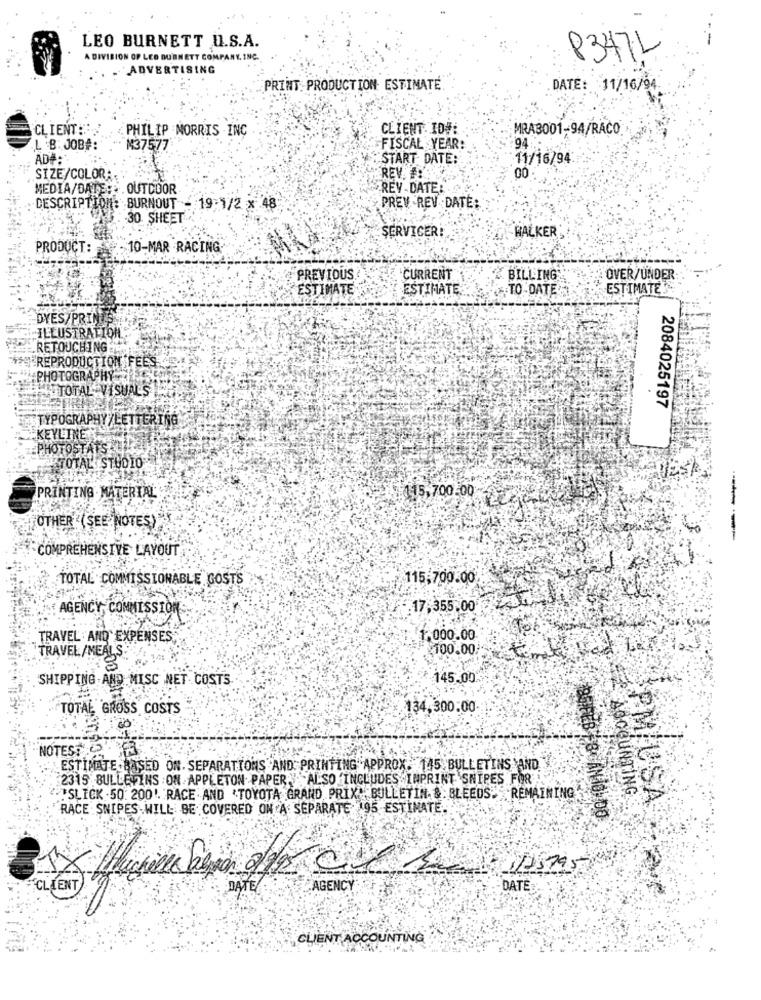
LEO BURNETT Q.S.A.
A DIVISION OF LEO BURNETT COMPANY, INC.
8347L
ADVERTISING
PRINT PRODUCTION ESTIMATE
DATE: 11/16/94
CLIENT :::
PHILIP MORRIS INC
CLIENT ID#:
MRA3001-94/RACO
L B: JOBA:
N37577
FISCAL YEAR:
94
AD#:
START DATE:
11/16/94:
REVO
SIZE/COLORA
MEDIA/DATE: : . OUTDOOR
REY-DATE:
DESCRIPTION: BURNOUT - 19:1/2 x 48
PREV REV DATE:
-30 SHEET
SERVICERİ
WALKER
PRODUCT:
10-MAR RACING
PREVIOUS
CURRENT
BILLING
OVER/UNDER
ESTIMATE
ESTIMATE
:TO-DATE
ESTIMATE
DYES/PRINT,
ILLUSTRATION
RETOUCHING
"REPRODUCTION FEES
PHOTOGRAPHY
ATTOTAL VISUALS
2084025197
TYPOGRAPHY/LETTERING
KEYLINE
PHOTOSTATS
TOTAL STUDIO
PRINTING . MATERIAL
115,700:00
OTHER (SEE NOTES)
-----
COMPREHENSIVE LAYOUT
TOTAL COMMISSIONABLE GOSTS
115,700.00
AGENCY, COMMISSION
17,355,00
TRAVEL AND EXPENSES
1,000.00
TRAVEL/MEAL'S
100.00
SHIPPING-AND MISC NET COSTS
145,00
TOTAL GROSS COSTS
134,300.00
NOTES:
ESTIMATE BASED ON. SEPARATIONS AND PRINTING APPROX. 145 BULLETINS AND.
2315 BULLETINS :ON APPLETON PAPER,"ALSO INCLUDES INPRINT SNIPES FOR
ACCOUNTING
"SLICK .50. 200'. RACE AND "TOYOTA GRAND PRIX" BULLETIN & BLEEDS" REMAINING
PM USA
RACE SNIPES.WILL BE COVERED ON A SEPARATE 195 ESTIMATE.
CLIENT
DATE
AGENCY
DATE:
CLIENT ACCOUNTING